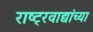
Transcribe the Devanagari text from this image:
राष्ट्रवाद्यांच्या